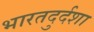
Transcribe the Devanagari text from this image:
भारतदुर्दशा